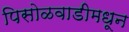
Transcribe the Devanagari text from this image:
पिसोळवाडीमधून